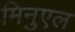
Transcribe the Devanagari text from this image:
मिनुएल